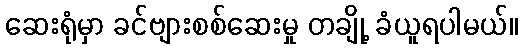
ဆေးရုံမှာ ခင်ဗျားစစ်ဆေးမှု တချို့ ခံယူရပါမယ်။